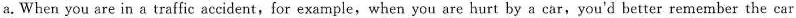
a. When you are in a traffic accident,for example,when you are hurt by a car, you'd better remember the car